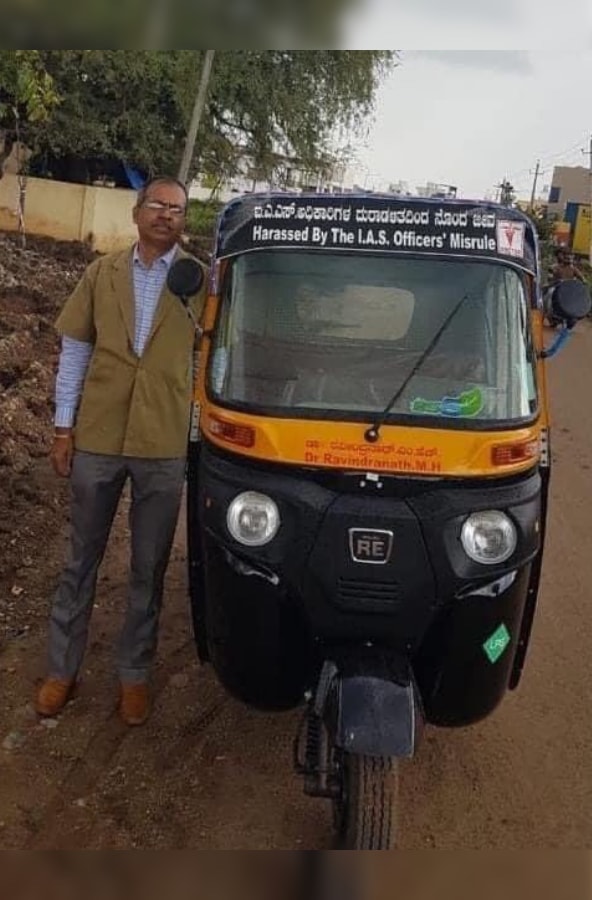
Language: kannada
Transcription: ಐ.ಎ.ಎಸ್